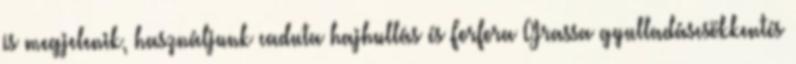
is megjelenik, használjunk caduta hajhullás és Forfora Grassa gyulladáscsökkentés